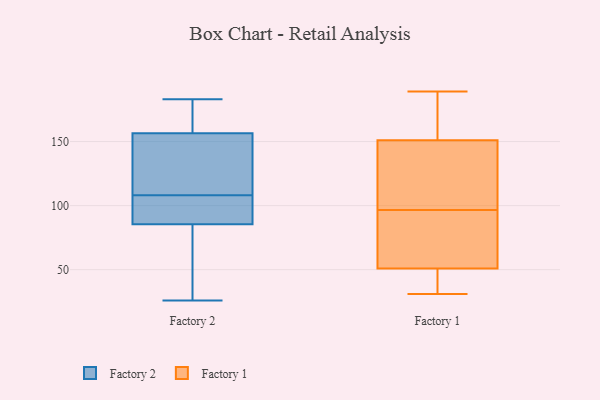
{"axis": {"x": "Net Income (USD K)", "y": "Value"}, "legend": ["Factory 1", "Factory 2"], "data": [{"x": "", "y": 130, "type": "Factory 2"}, {"x": "", "y": 169, "type": "Factory 2"}, {"x": "", "y": 111, "type": "Factory 2"}, {"x": "", "y": 133, "type": "Factory 2"}, {"x": "", "y": 67, "type": "Factory 2"}, {"x": "", "y": 152, "type": "Factory 2"}, {"x": "", "y": 183, "type": "Factory 2"}, {"x": "", "y": 88, "type": "Factory 2"}, {"x": "", "y": 142, "type": "Factory 2"}, {"x": "", "y": 161, "type": "Factory 2"}, {"x": "", "y": 87, "type": "Factory 2"}, {"x": "", "y": 88, "type": "Factory 2"}, {"x": "", "y": 168, "type": "Factory 2"}, {"x": "", "y": 105, "type": "Factory 2"}, {"x": "", "y": 172, "type": "Factory 2"}, {"x": "", "y": 40, "type": "Factory 2"}, {"x": "", "y": 26, "type": "Factory 2"}, {"x": "", "y": 47, "type": "Factory 2"}, {"x": "", "y": 89, "type": "Factory 2"}, {"x": "", "y": 84, "type": "Factory 2"}, {"x": "", "y": 31, "type": "Factory 1"}, {"x": "", "y": 51, "type": "Factory 1"}, {"x": "", "y": 105, "type": "Factory 1"}, {"x": "", "y": 156, "type": "Factory 1"}, {"x": "", "y": 151, "type": "Factory 1"}, {"x": "", "y": 88, "type": "Factory 1"}, {"x": "", "y": 56, "type": "Factory 1"}, {"x": "", "y": 189, "type": "Factory 1"}, {"x": "", "y": 151, "type": "Factory 1"}, {"x": "", "y": 43, "type": "Factory 1"}]}